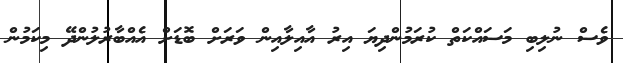
ވެސް ނުލިބި މަސައްކަތް ކުރަމުންދިޔަ އިރު އާއިލާއިން ވަރަށް ބޮޑަށް އެއްބާރުލުންދޭ މިކަމުން